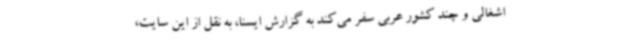
اشغالی و چند کشور عربی سفر می‌کند به گزارش ایسنا، به نقل از این سایت،